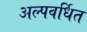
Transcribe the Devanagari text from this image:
अल्पवर्धित